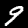
Digit: 9